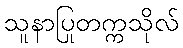
သူနာပြုတက္ကသိုလ်